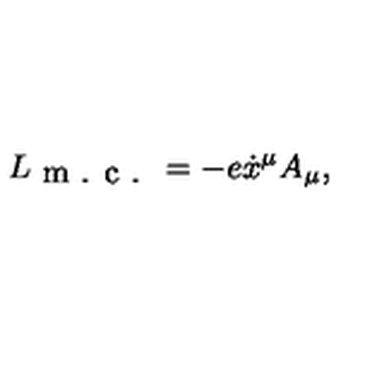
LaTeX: L _ { \textrm { m . c . } } = - e \dot { x } ^ { \mu } A _ { \mu } ,